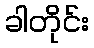
ခါတိုင်း